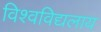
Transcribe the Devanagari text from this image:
विश्वविद्यलाय